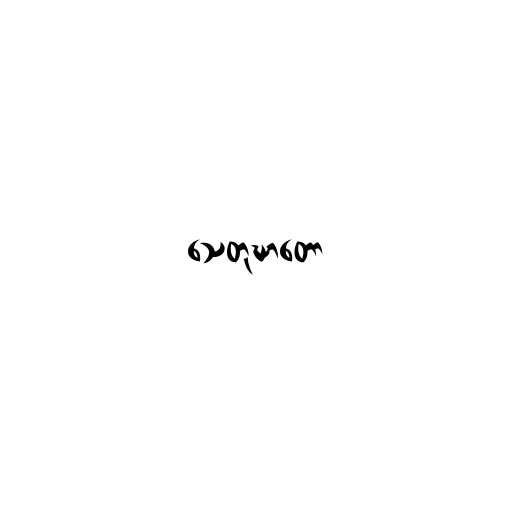
သေတုဃာတော